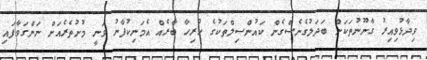
ވިދާޅުވިއިރު ގާނޫނުތަކަށް ބަދަލުގެނެސްގެން ކައުންސިލްތަކުގެ ހުރިހާ ބާރެއް އެމަނިކުފާނު ވަނީ މުށުތެރެއަށް ނަންގަވާފައި